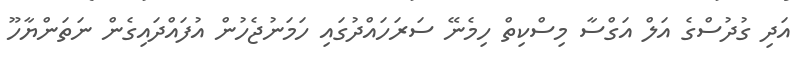
އަދި ގުދުސްގެ އަލް އަގްސާ މިސްކިތް ހިމެނޭ ސަރަހައްދުގައި ހަމަނުޖެހުން އުފައްދައިގެން ނަތަންޔާހޫ